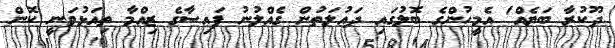
ދޫކުރާ ބަޔެއް' އެމީހުންގެ ބޮލުގައި ދައުލަތުން ގެއްލުނު ފައިސާގެ ޒިއްމާ ތިއަޅުވަނީ ކޮން